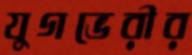
যুগভেরীর